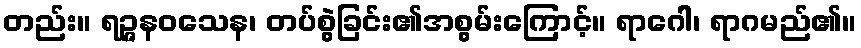
တည်း။ ရဉ္ဇနဝသေန၊ တပ်စွဲခြင်း၏အစွမ်းကြောင့်။ ရာဂေါ၊ ရာဂမည်၏။